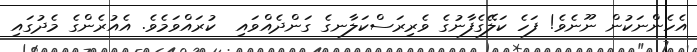
އެހެންނަކުން ނޫނެވެ! ފަހެ ކަލޭގެފާނުގެ ވެރިރަސްކަލާނގެ ގަންދެއްވައި  ކުރައްވަމެވެ. އެއުރެންގެ މެދުގައި